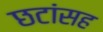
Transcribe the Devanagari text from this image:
छटांसह